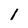
Character: 1